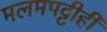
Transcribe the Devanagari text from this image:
मलमपट्टीही